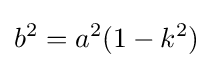
b^{2}=a^{2}(1-k^{2})